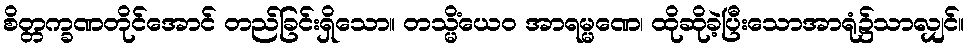
စိတ္တက္ခဏတိုင်အောင် တည်ခြင်းရှိသော။ တသ္မိံယေဝ အာရမ္မဏေ၊ ထိုဆိုခဲ့ပြီးသောအာရုံ၌သာလျှင်။